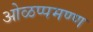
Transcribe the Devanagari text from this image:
ओळप्पमण्ण